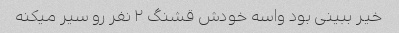
خیر ببینی بود واسه خودش قشنگ ۲ نفر رو سیر میکنه